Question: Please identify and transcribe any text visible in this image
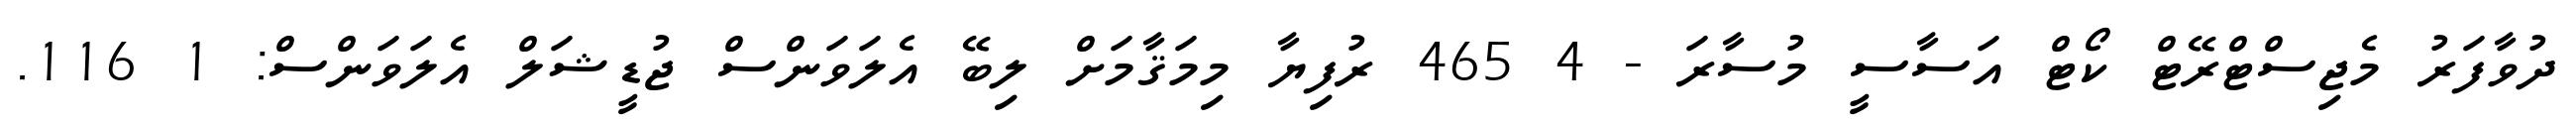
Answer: ދުވާފަރު މެޖިސްޓްރޭޓް ކޯޓް އަސާސީ މުސާރަ - 4 465 ރުފިޔާ މިމަޤާމަށް ލިބޭ އެލަވަންސް ޖުޑީޝަލް އެލަވަންސް: 1 116.